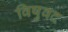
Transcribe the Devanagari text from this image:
विषुवद